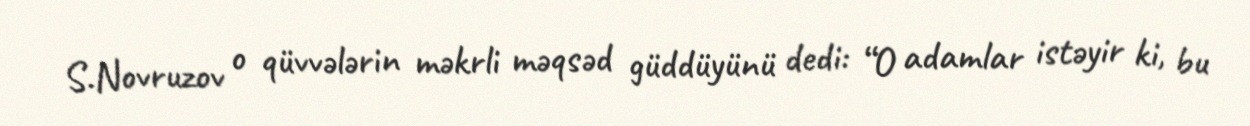
S.Novruzov o qüvvələrin məkrli məqsəd güddüyünü dedi: “O adamlar istəyir ki, bu